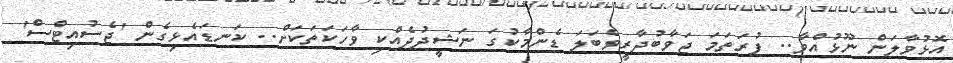
އޮޅުވާލަން ނޫޅުއްވާ.. ފުރަތަމަ ޖަވާބުދާރީވެބަލަ ޑެންމާކުގަ ނަޝީދުދެއްކި ވާހަކަތަކަށް.. ކަނޑައެޅިގެން 'ޖެސުއިޓްސް'